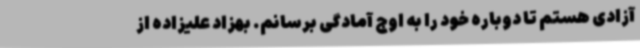
آزادی هستم تا دوباره خود را به اوج آمادگی برسانم. بهزاد علیزاده از